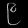
Digit: ၉